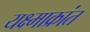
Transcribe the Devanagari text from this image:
यक्ष्माक्रांत